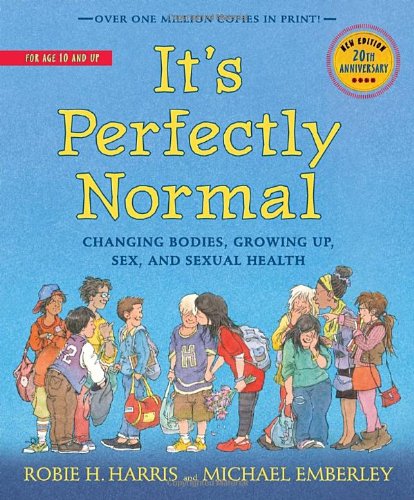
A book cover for It's Perfectly Normal: Changing Bodies, Growing Up, Sex, and Sexual Health (The Family Library); Robie H. Harris; Health, Fitness & Dieting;